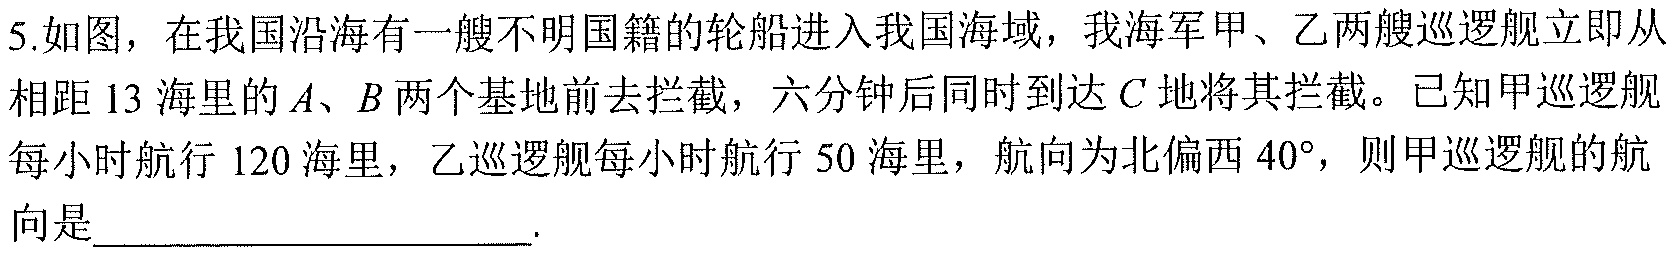
5.如图，在我国沿海有一艘不明国籍的轮船进入我国海域，我海军甲、乙两艘巡逻舰立即从相距13海里的\(A\)、\(B\)两个基地前去拦截，六分钟后同时到达\(C\)地将其拦截。已知甲巡逻舰每小时航行120海里，乙巡逻舰每小时航行50海里，航向为北偏西\(40^{\circ}\)，则甲巡逻舰的航向是____________________.